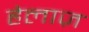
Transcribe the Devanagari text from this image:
हेलाज़